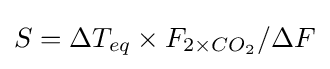
S=\Delta T_{eq}\times F_{2\times CO_{2}}/\Delta F